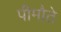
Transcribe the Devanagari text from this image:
पीमौते